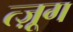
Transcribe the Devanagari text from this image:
त्ज़ूग